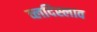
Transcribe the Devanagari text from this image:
व्लदिस्लाव